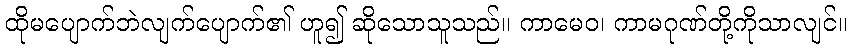
ထိုမပျောက်ဘဲလျက်ပျောက်၏ ဟူ၍ ဆိုသောသူသည်။ ကာမေဝ၊ ကာမဂုဏ်တို့ကိုသာလျင်။